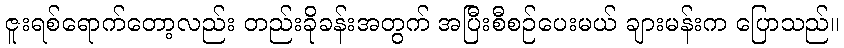
ဇူးရစ်ရောက်တော့လည်း တည်းခိုခန်းအတွက် အပြီးစီစဉ်ပေးမယ် ချားမန်းက ပြောသည်။